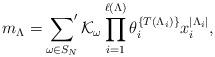
LaTeX: \begin{align*}m_\Lambda = \sideset{}{'}\sum_{\omega \in S_N}\mathcal{K}_\omega \prod_{i=1}^{\ell(\Lambda)} \theta^{\{ T(\Lambda_i) \}}_i x^{|\Lambda_i|}_i,\end{align*}